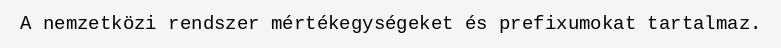
A nemzetközi rendszer mértékegységeket és prefixumokat tartalmaz.